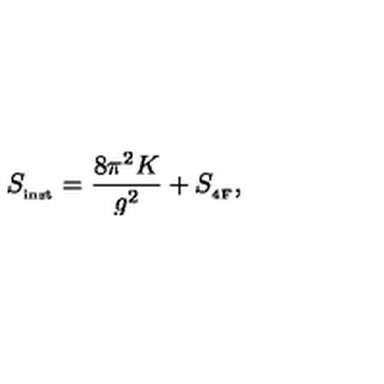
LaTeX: S _ { _ { \mathrm { i n s t } } } = \frac { 8 \pi ^ { 2 } K } { g ^ { 2 } } + S _ { _ { \mathrm { 4 F } } } ,